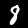
Label: 8